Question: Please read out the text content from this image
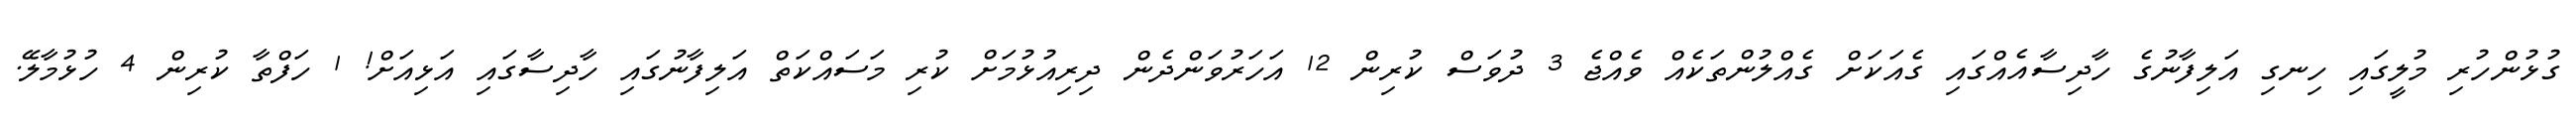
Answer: ގުޅުންހުރި މުލީގައި ހިނގި އަލިފާނުގެ ހާދިސާއެއްގައި ގެއަކަށް ގެއްލުންތަކެއް ވެއްޖެ 3 ދުވަސް ކުރިން 12 އަހަރުވަންދެން ދިރިއުޅުމަށް ކުރި މަސައްކަތް އަލިފާނުގައި ހާދިސާގައި އަޅިއަށް! 1 ހަފްތާ ކުރިން 4 ހުޅުމާލޭ.